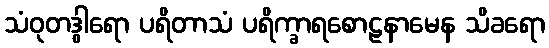
သံဝုတဒွါရော ပရိတာသံ ပရိက္ခာရစောဠနာမေန သိခရော